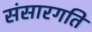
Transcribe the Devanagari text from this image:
संसारगति